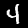
Label: 4